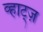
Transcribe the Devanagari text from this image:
व्हाट्ज़